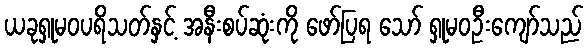
ယခုရှုမဝပရိသတ်နှင့် အနီးစပ်ဆုံးကို ဖော်ပြရ သော် ရှုမဝဦးကျော်သည်